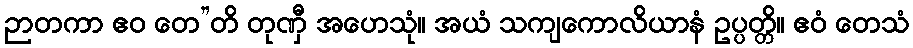
ဉာတကာ ဧဝ တေ”တိ တုဏှီ အဟေသုံ။ အယံ သကျကောလိယာနံ ဥပ္ပတ္တိ။ ဧဝံ တေသံ